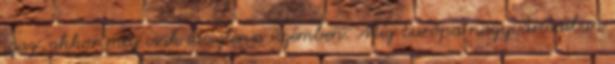
igaz, akkor még csak ideiglenes üzemben. Míg Európa nagyvárosaiban